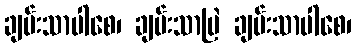
ချမ်းသာပါစေ၊ ချမ်းသာမြဲ ချမ်းသာပါစေ၊